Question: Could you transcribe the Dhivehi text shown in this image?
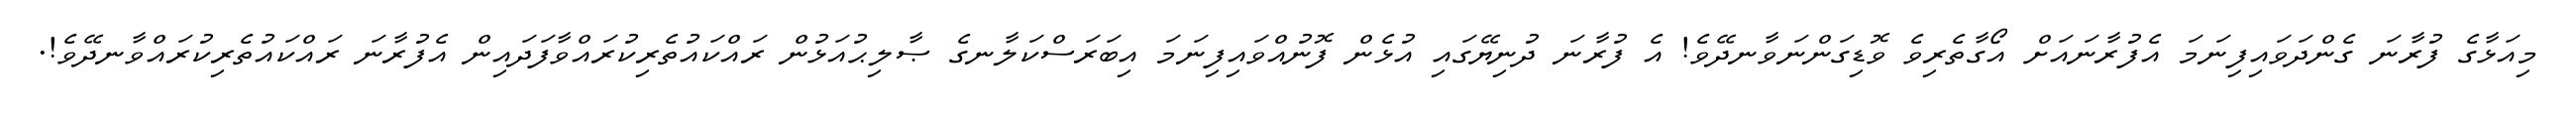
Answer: މިއަޅާގެ ފުރާނަ ގެންދަވައިފިނަމަ އެފުރާނައަށް އޯގާތެރިވެ ވޮޑިގަންނަވާނދޭވެ! އެ ފުރާނަ ދުނިޔޭގައި އުޅެން ފޮނުއްވައިފިނަމަ އިބަރަސްކަލާނގެ ޞާލިޙުއަޅުން ރައްކައުތެރިކުރައްވާފަދައިން އެފުރާނަ ރައްކައުތެރިކުރައްވާނދޭވެ!.